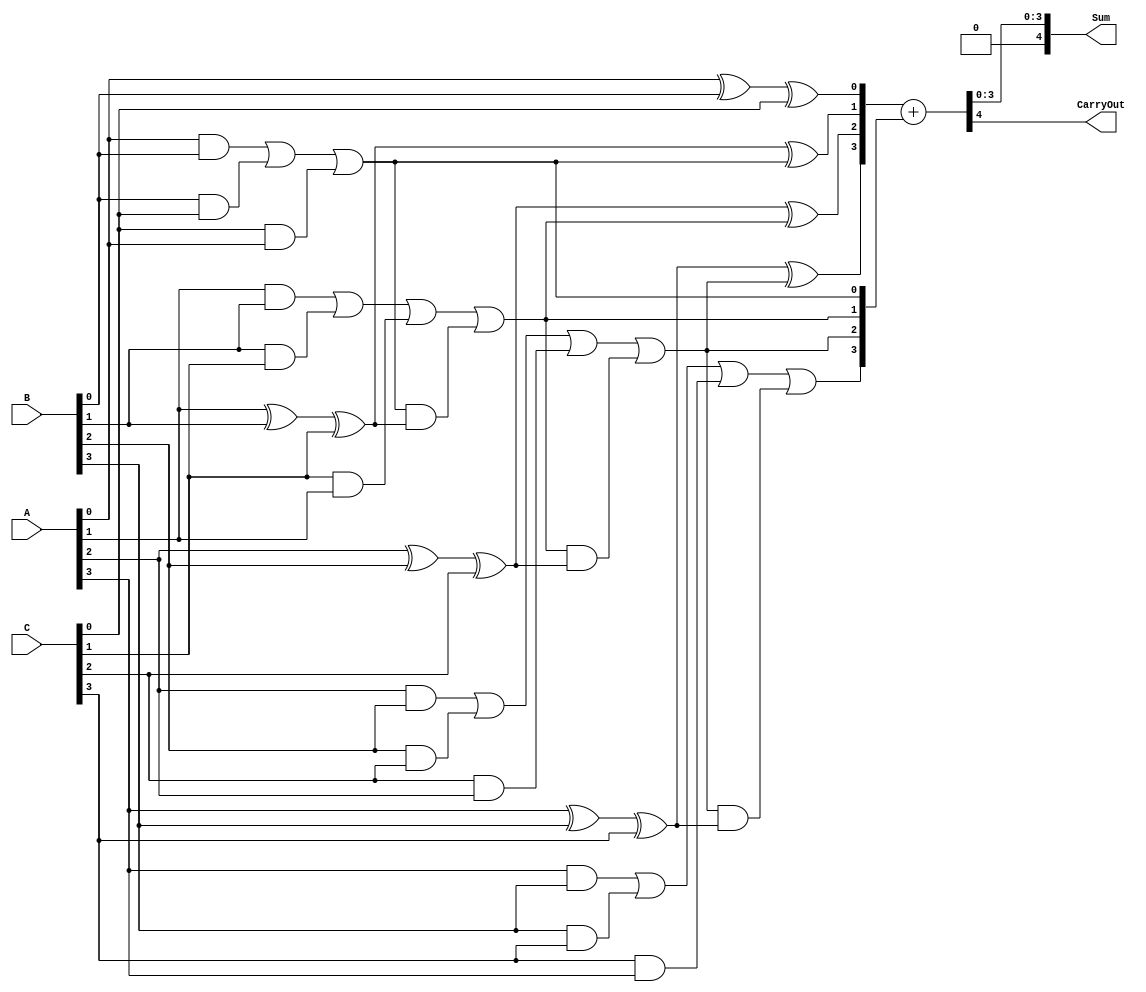
module ParallelCarrySaveAdder(
    input [N-1:0] A,  // First input number
    input [N-1:0] B,  // Second input number
    input [N-1:0] C,  // Third input number
    output [N:0] Sum,  // Final sum output (N bits + carry out)
    output CarryOut     // Carry out
);
    parameter N = 4; // Number of bits in input numbers

    // Intermediate sum and carry signals
    wire [N-1:0] S; // Sum outputs from the full adders
    wire [N-1:0] C_out; // Carry outputs from the full adders

    // Generate Full Adders for each bit
    genvar i;
    generate
        for (i = 0; i < N; i = i + 1) begin : full_adder
            if (i == 0) begin
                // For the least significant bit, no carry-in
                assign S[i] = A[i] ^ B[i] ^ C[i];
                assign C_out[i] = (A[i] & B[i]) | (B[i] & C[i]) | (C[i] & A[i]);
            end else begin
                // For the other bits, include carry from previous stage
                assign S[i] = A[i] ^ B[i] ^ C[i] ^ C_out[i-1];
                assign C_out[i] = (A[i] & B[i]) | (B[i] & C[i]) | (C[i] & A[i]) | 
                                  (C_out[i-1] & (A[i] ^ B[i] ^ C[i]));
            end
        end
    endgenerate

    // Final addition to resolve carry
    wire [N:0] FinalSum; // Final result (N bits + carry out)
    assign FinalSum = {1'b0, S} + {1'b0, C_out}; // Add sums and carry outputs

    // Assign outputs
    assign Sum = FinalSum[N-1:0]; // N bits of final sum
    assign CarryOut = FinalSum[N]; // Carry out bit

endmodule